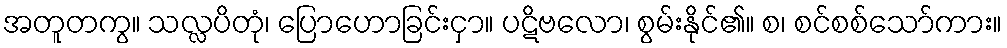
အတူတကွ။ သလ္လပိတုံ၊ ပြောဟောခြင်းငှာ။ ပဋိဗလော၊ စွမ်းနိုင်၏။ စ၊ စင်စစ်သော်ကား။